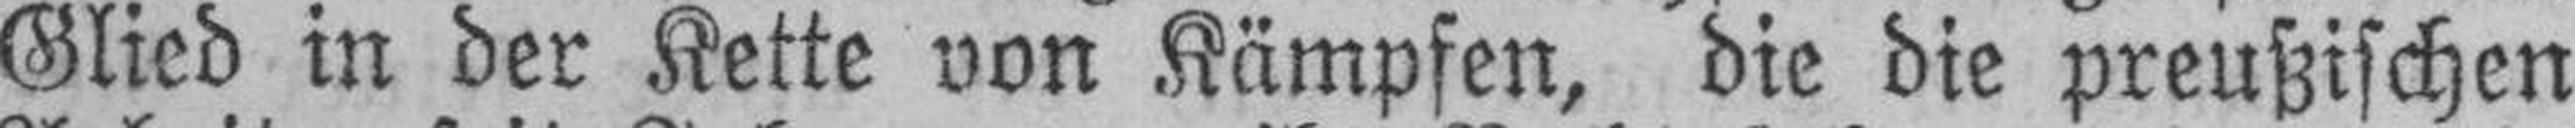
Glied in der Kette von Kämpfen, die die preußischen